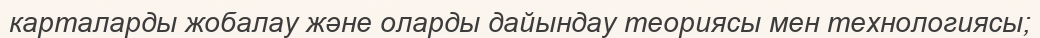
карталарды жобалау және оларды дайындау теориясы мен технологиясы;